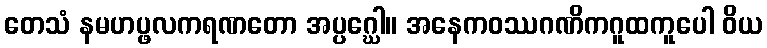
တေသံ နမဟပ္ဖလကရဏတော အပ္ပဂ္ဃေါ။ အနေကဝဿဂဏိကဂူထကူပေါ ဝိယ